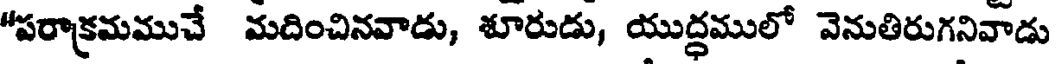
"పరాక్రమముచే మదించినవాడు, శూరుడు, యుద్ధములో వెనుతిరుగనివాడు